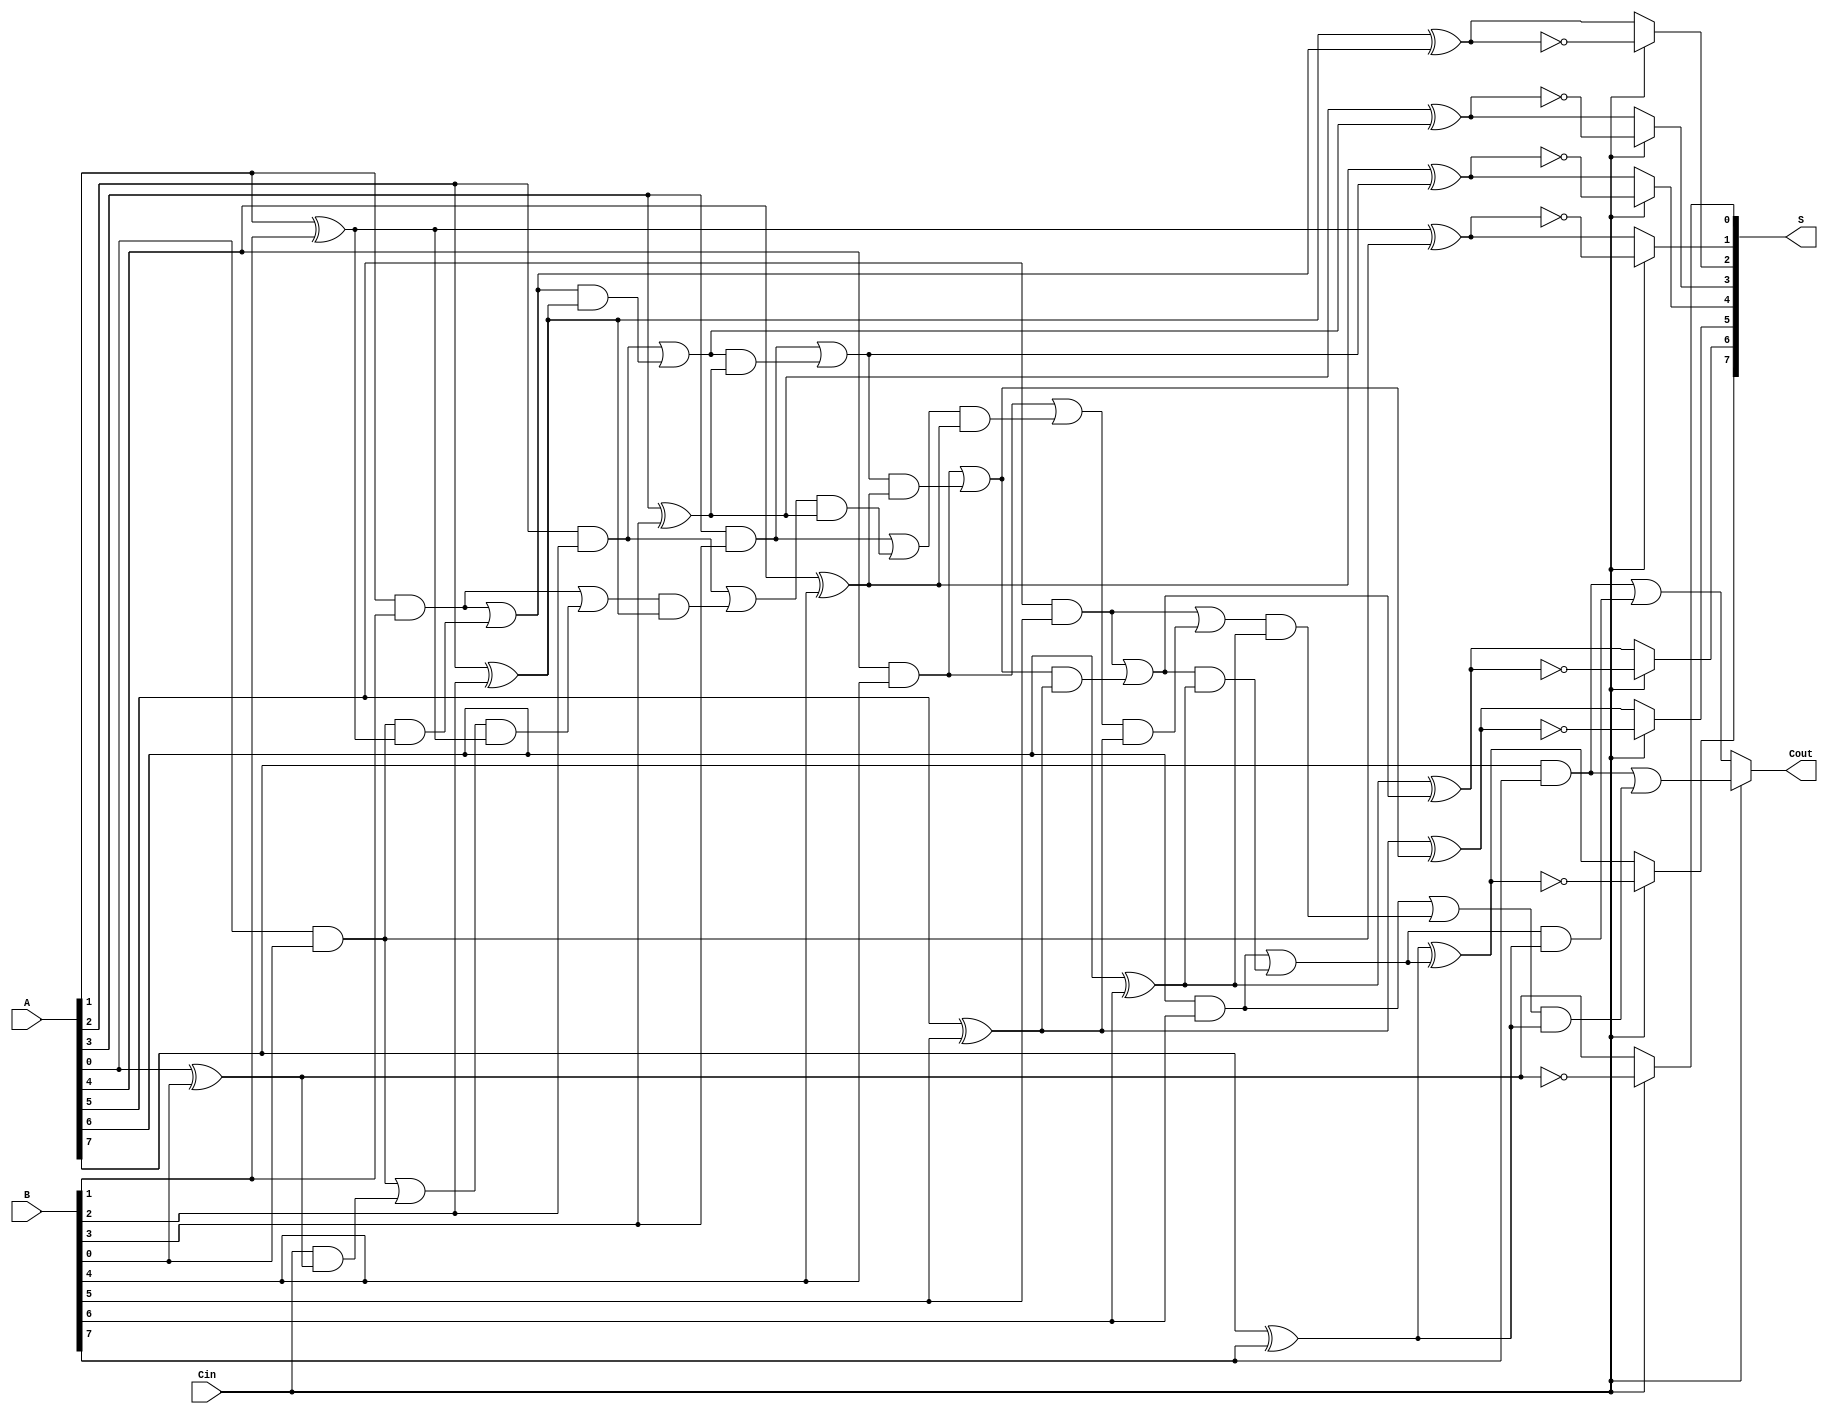
module conditional_sum_adder #(parameter N = 8) (
    input  wire [N-1:0] A,      // First n-bit input
    input  wire [N-1:0] B,      // Second n-bit input
    input  wire Cin,             // Carry-in signal
    output wire [N-1:0] S,       // Sum output
    output wire Cout             // Carry-out signal
);

    wire [N-1:0] P;              // Partial sums
    wire [N:0] C0, C1;           // Carry signals
    wire [N-1:0] S0, S1;         // Sums based on carry conditions

    // Generate carries and partial sums
    assign C0[0] = 0; // Initial carry for C0
    assign C1[0] = Cin; // Initial carry for C1

    genvar i;
    generate
        for (i = 0; i < N; i = i + 1) begin : CSA
            // Compute partial sums
            assign P[i] = A[i] ^ B[i] ^ C0[i]; // Partial sum without carry-in
            
            // Carry generation
            assign C0[i + 1] = (A[i] & B[i]) | (C0[i] & (A[i] ^ B[i]));
            assign C1[i + 1] = (A[i] & B[i]) | (C1[i] & (A[i] ^ B[i]));
        end
    endgenerate

    // Select final sums based on carry-in
    generate
        for (i = 0; i < N; i = i + 1) begin : SUM_SELECT
            assign S0[i] = P[i]; // Sum if no carry-in
            assign S1[i] = P[i] ^ 1'b1; // Sum if carry-in (for demonstration, just toggling)
            assign S[i] = Cin ? S1[i] : S0[i]; // Select sum based on carry-in
        end
    endgenerate

    // Select final carry-out
    assign Cout = Cin ? C1[N] : C0[N]; // Carry-out based on carry-in

endmodule